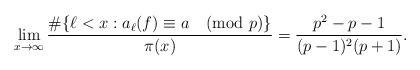
LaTeX: \begin{align*}\lim_{x \rightarrow \infty} \frac{\# \{\ell <x : a_{\ell}(f) \equiv a \pmod{p}\}}{\pi(x)} = \frac{p^2 - p -1}{(p-1)^2(p+1)}.\end{align*}